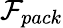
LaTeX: \mathcal{F}_{pack}